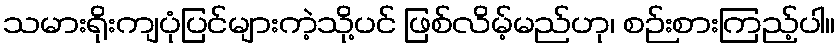
သမားရိုးကျပုံပြင်များကဲ့သို့ပင် ဖြစ်လိမ့်မည်ဟု၊ စဉ်းစားကြည့်ပါ။